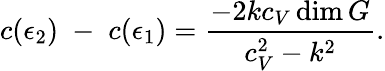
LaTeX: c(\epsilon_{2})\; -\; c(\epsilon_{1})={\frac{-2kc_{V}\dim G}{c_{V}^{2}-k^{2}}}.